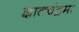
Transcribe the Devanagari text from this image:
ज्ञातचंद्रमा